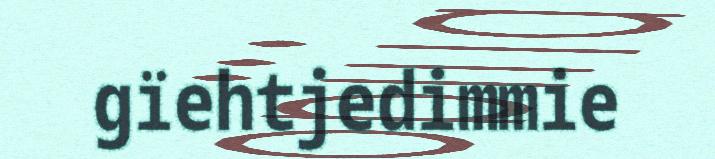
gïehtjedimmie